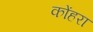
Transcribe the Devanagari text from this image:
कोंहरा